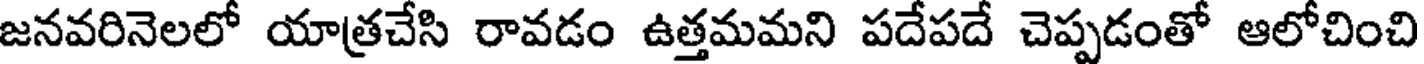
జనవరినెలలో యాత్రచేసి రావడం ఉత్తమమని పదేపదే చెప్పడంతో ఆలోచించి